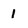
Character: 1